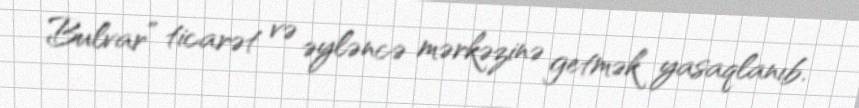
Bulvar” ticarət və əyləncə mərkəzinə getmək yasaqlanıb.